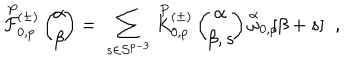
\stackrel { P } { \cal F } { } \! \! _ { 0 , p } ^ { ( \pm ) } \left( \begin{array} { c } { { \! \! \alpha \! \! } } \\ { { \! \! \beta \! \! } } \\ \end{array} \right) = \; \sum _ { s \in { \cal S } ^ { p - 3 } } \stackrel { P } { K } { } \! \! _ { 0 , p } ^ { ( \pm ) } \left( \begin{array} { c } { { \! \! \alpha \! \! } } \\ { { \! \! \beta , s \! \! } } \\ \end{array} \right) \stackrel { \alpha } { \omega } _ { 0 , p } \! \! \lbrack \beta + s \rbrack \; \; ,